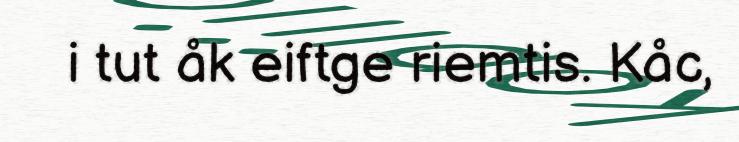
i tut åk eiftge riemtis. Kåc,